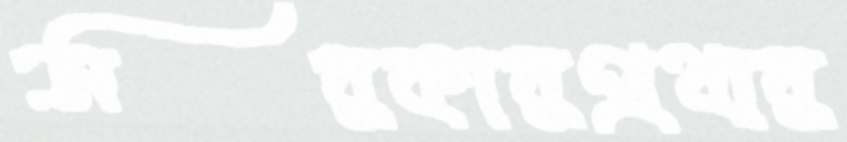
সরকারপ্রথার